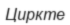
Циркте